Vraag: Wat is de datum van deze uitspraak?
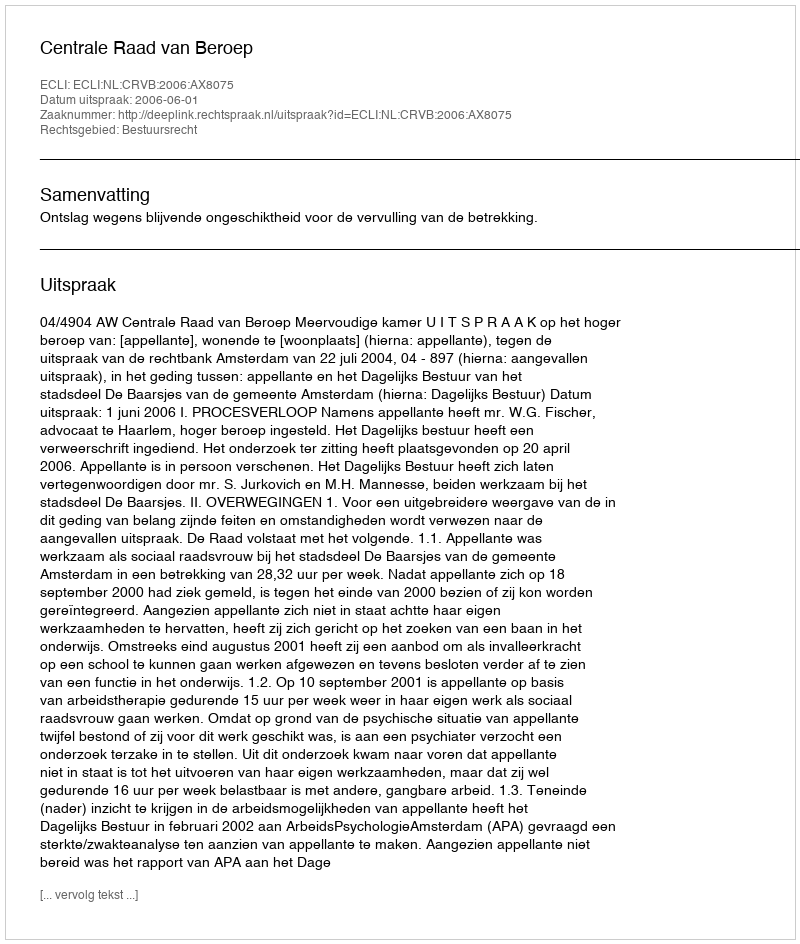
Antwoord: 2006-06-01